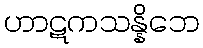
ဟာဋကသန္နိဘေ